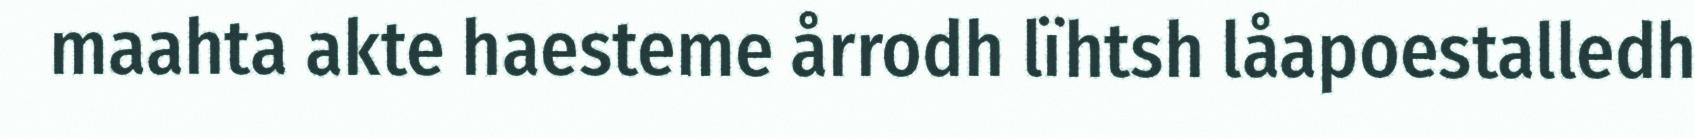
maahta akte haesteme årrodh lïhtsh låapoestalledh